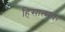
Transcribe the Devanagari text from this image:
हिसात्मक